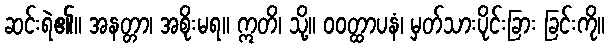
ဆင်းရဲ၏။ အနတ္တာ၊ အစိုးမရ။ ဣတိ၊ သို့။ ဝဝတ္ထာပနံ၊ မှတ်သားပိုင်းခြား ခြင်းကို။